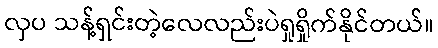
လှပ သန့်ရှင်းတဲ့လေလည်းပဲရှုရှိုက်နိုင်တယ်။